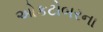
ઓકટોબરના